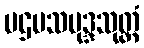
ပဌမသမုဒ္ဒသုတ္တံ